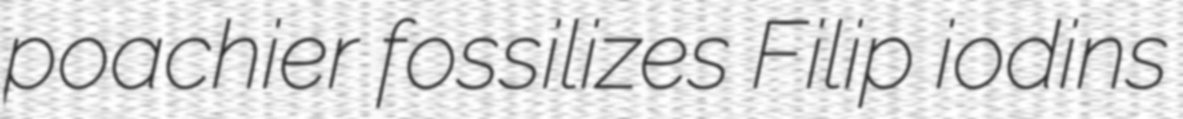
poachier fossilizes Filip iodins